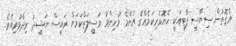
އެގޮތުން ސިޔާސީ ޕާޓީއަކީ ހެޔޮވެރިކަމެއްގެ އެންމެ މުހިންމު ވަސީލަތްކަމަށް ރައީސް ނަޝީދު ވިދާޅުވިއެވެ.